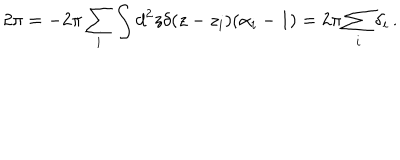
LaTeX: 2 \pi = - 2 \pi \sum _ { i } \int d ^ { 2 } z \delta ( z - z _ { i } ) ( \alpha _ { i } - 1 ) = 2 \pi \sum _ { i } \delta _ { i } \, .